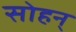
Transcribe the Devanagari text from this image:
सोहन्